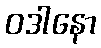
ဝဒါနော